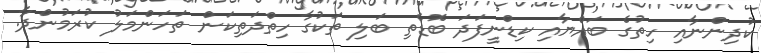
ކުދިންނާއި ހިތުގެ ބައްޔާއި ކިޑްނީފަދަ ބޮޑެތި ބަލި ތަކުގާ ހިތްދަތިކަން ތަހަންމަލު ކުރަމުންދާ.